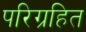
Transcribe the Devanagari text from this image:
परिग्रहित